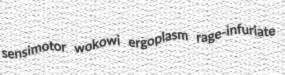
sensimotor wokowi ergoplasm rage-infuriate